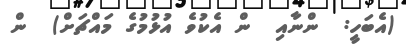
(އެބަހީ:  ންނާއި  ން އެކުވެ އުޅުމުގެ މައްޗަށް)  ން